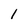
Character: l